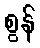
စွန်